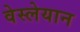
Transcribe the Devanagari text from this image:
वेस्लेयान